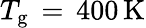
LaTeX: T_{\mathrm{{g}}}\, =\, 400\, \mathrm{{K}}